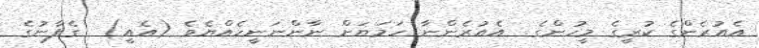
އެއުރެންގެ ކުރީގެ މީހުންގެ  އެއުރެންނާ ހަމަޔަށް ނާންނަނީހެއްޔެވެ (އެއީ)  ގެފާނުގެ